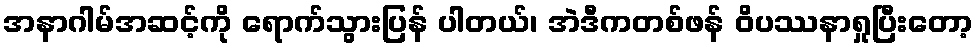
အနာဂါမ်အဆင့်ကို ရောက်သွားပြန် ပါတယ်၊ အဲဒီကတစ်ဖန် ဝိပဿနာရှုပြီးတော့